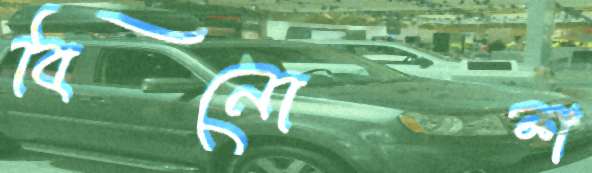
বিনোশ